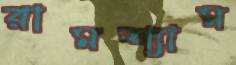
রামশ্যাম